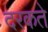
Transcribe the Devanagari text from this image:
दरकते